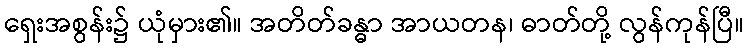
ရှေးအစွန်း၌ ယုံမှား၏။ အတိတ်ခန္ဓာ အာယတန၊ ဓာတ်တို့ လွန်ကုန်ပြီ။